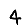
Digit: 4